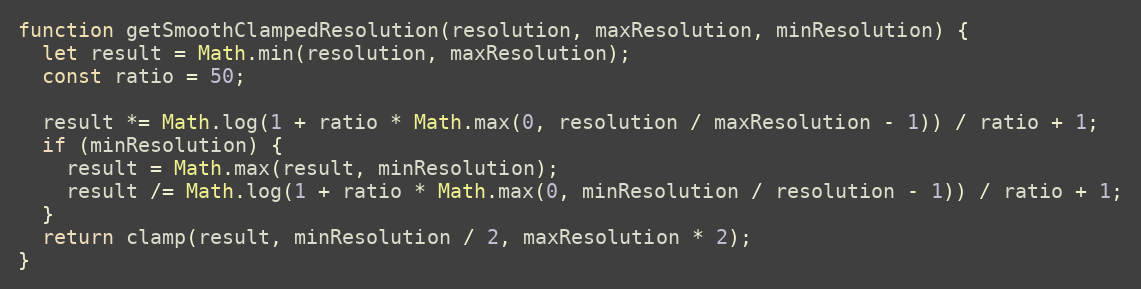
Language: JavaScript
function getSmoothClampedResolution(resolution, maxResolution, minResolution) {
  let result = Math.min(resolution, maxResolution);
  const ratio = 50;

  result *= Math.log(1 + ratio * Math.max(0, resolution / maxResolution - 1)) / ratio + 1;
  if (minResolution) {
    result = Math.max(result, minResolution);
    result /= Math.log(1 + ratio * Math.max(0, minResolution / resolution - 1)) / ratio + 1;
  }
  return clamp(result, minResolution / 2, maxResolution * 2);
}